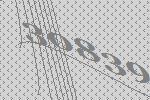
30839